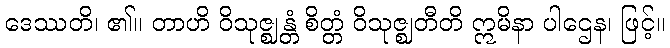
ဒေဿတိ၊ ၏။ တာဟိ ဝိသုဇ္ဈန္တံ စိတ္တံ ဝိသုဇ္ဈတီတိ ဣမိနာ ပါဌေန၊ ဖြင့်။